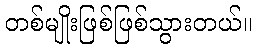
တစ်မျိုးဖြစ်ဖြစ်သွားတယ်။